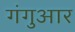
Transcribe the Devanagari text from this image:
गंगुआर